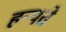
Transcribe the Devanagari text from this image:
हन्यते